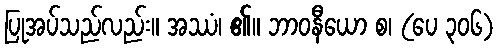
ပြုအပ်သည်လည်း။ အဿံ၊ ၏။ ဘာဝနီယော စ၊ (ပေ ၃၀၆)